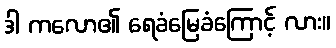
ဒါ ကလော၏ ရေခံမြေခံကြောင့် လား။